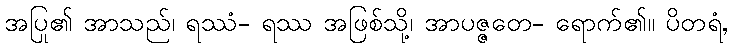
အပြု၏ အာသည်၊ ရဿံ- ရဿ အဖြစ်သို့၊ အာပဇ္ဇတေ- ရောက်၏။ ပိတရံ,